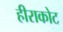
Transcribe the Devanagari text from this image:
हीराकोट